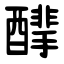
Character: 䤏